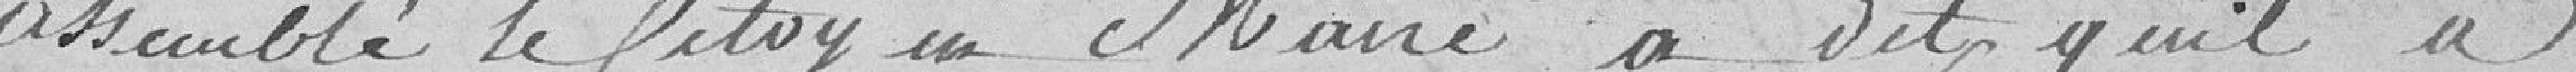
assemblé le Citoyen Maire a dit qu'il a